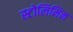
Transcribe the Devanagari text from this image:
स्टोलिमिन